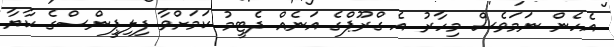
އެހެން ނަމަވެސް މިހާރު އެ ގްރޫޕްގެ އަނެއް ދެޓީމު ކަމަށްވާ ފިލިޕީންސްގެ ކާޔާ